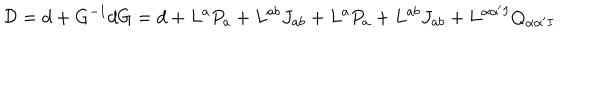
{ \cal D } = d + G ^ { - 1 } d G = d + L ^ { a } P _ { a } + L ^ { a b } J _ { a b } + L ^ { a } P _ { a } + L ^ { a b } J _ { a b } + L ^ { \alpha \alpha ^ { \prime } I } Q _ { \alpha \alpha ^ { \prime } I }